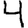
Digit: 4